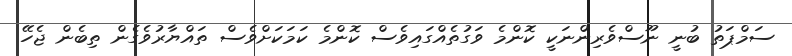
ސަމްޕަތު ބުނީ ނޫސްވެރިންނަކީ ކޮންމެ ވަގުތެއްގައިވެސް ކޮންމެ ކަމަކަށްވެސް ތައްޔާރުވެގެން ތިބެން ޖެހޭ